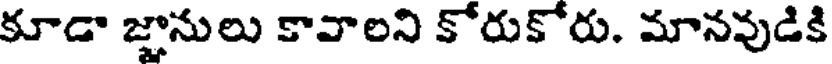
కూడా జ్ఞానులు కావాలని కోరుకోరు. మానవుడికి